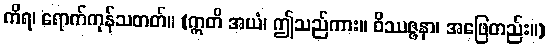
ကိရ၊ ရောက်ကုန်သတတ်။ (ဣတိ အယံ၊ ဤသည်ကား။ ဝိဿဇ္ဇနာ၊ အဖြေတည်း။)